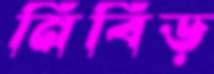
নিবিড়